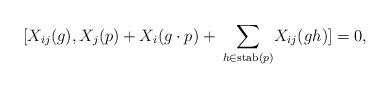
LaTeX: \begin{align*}[X_{ij}(g),X_j(p) +X_i(g\cdot p) +\: \underset{h\in \mathrm{stab}(p)}{\sum} X_{ij}(gh)]=0,\end{align*}